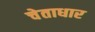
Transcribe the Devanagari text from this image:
चेताधार